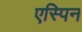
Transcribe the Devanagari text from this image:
एस्पिन